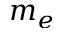
m _ { e }